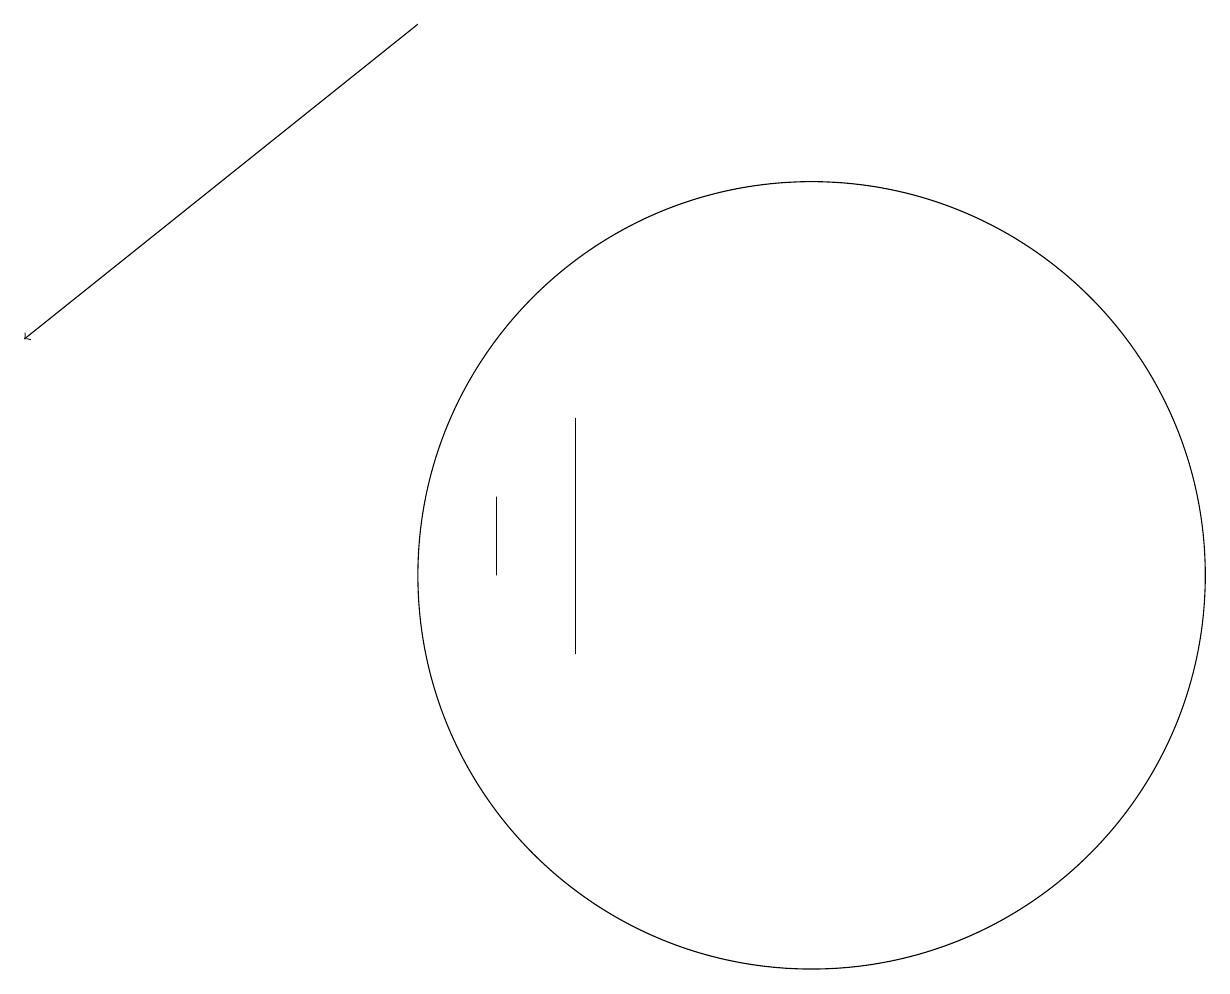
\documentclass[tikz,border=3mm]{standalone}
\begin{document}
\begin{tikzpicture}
\draw[->] (6,18) -- (1,14);
\draw (11,11) circle (5);
\draw (7,12) rectangle (7,11);
\draw (8,13) rectangle (8,10);
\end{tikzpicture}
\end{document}